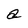
Character: a